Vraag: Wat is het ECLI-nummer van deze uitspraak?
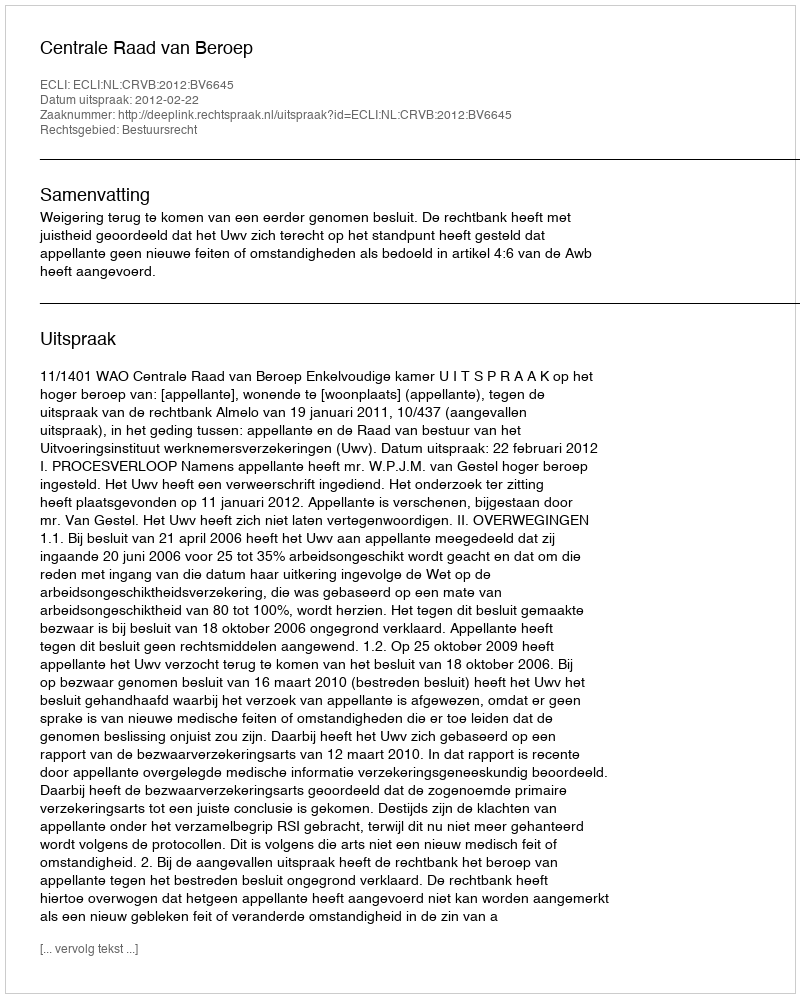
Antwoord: ECLI:NL:CRVB:2012:BV6645